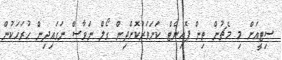
ސިޓީއަށް މި މެޗުން ތިން ޕޮއިންޓް ކަށަވަރުކޮށްދިން ގޯލް ނަވާސް ނަގައިދިން ހުރަހަކުން